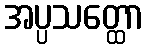
အပ္ပသတ္ထော